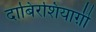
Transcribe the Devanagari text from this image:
दाबिरशियाग़ी